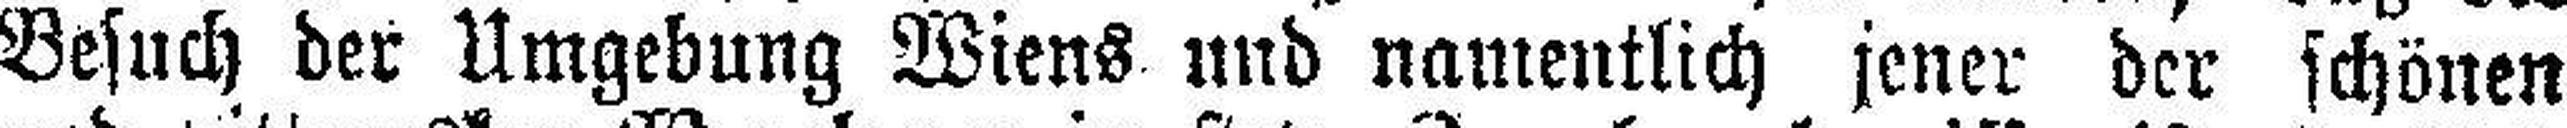
Besuch der Umgebung Wiens und namentlich jener der schönen